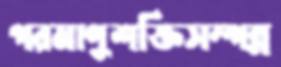
পরমাণুশক্তিসম্পন্ন